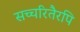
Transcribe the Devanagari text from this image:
सच्चरितैरपि